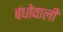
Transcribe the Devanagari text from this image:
बंधोंवाली